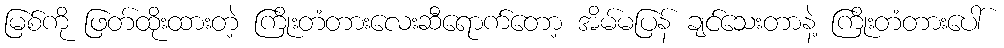
မြစ်ကို ဖြတ်ထိုးထားတဲ့ ကြိုးတံတားလေးဆီရောက်တော့ အိမ်မပြန် ချင်သေးတာနဲ့ ကြိုးတံတားပေါ်